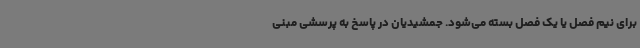
برای نیم فصل یا یک فصل بسته می‌شود. جمشیدیان در پاسخ به پرسشی مبنی